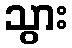
သွား